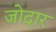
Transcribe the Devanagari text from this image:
जोदार